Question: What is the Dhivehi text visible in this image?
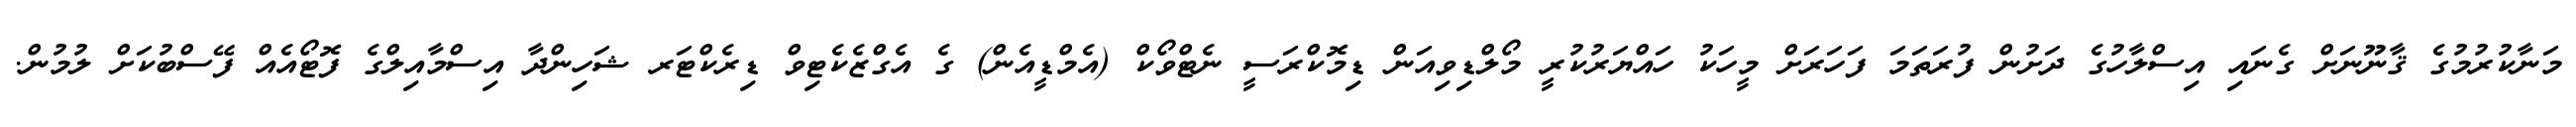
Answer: މަނާކުރުމުގެ ޤާނޫނަށް ގެނައި އިސްލާހުގެ ދަށުން ފުރަތަމަ ފަހަރަށް މީހަކު ހައްޔަރުކުރީ މޯލްޑިވިއަން ޑިމޮކްރަސީ ނެޓްވޯކް (އެމްޑީއެން) ގެ އެގްޒެކެޓިވް ޑިރެކްޓަރ ޝަހިންދާ އިސްމާއިލްގެ ފޮޓޯއެއް ފޭސްބުކަށް ލުމުން.